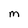
Character: m